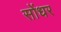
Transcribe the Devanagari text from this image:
सोंधर